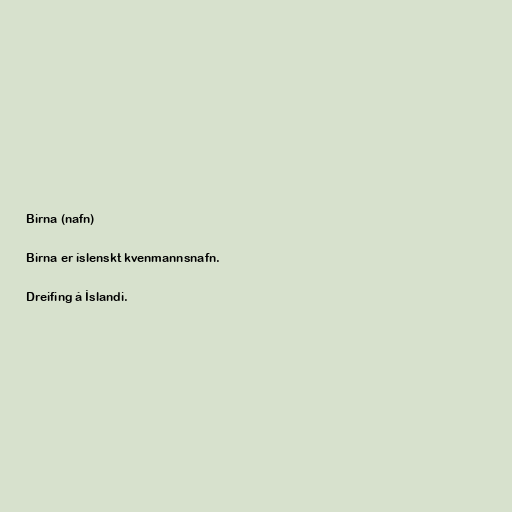
Birna (nafn)

Birna er íslenskt kvenmannsnafn.

Dreifing á Íslandi.